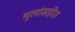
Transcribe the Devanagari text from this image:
मुलांसहीत